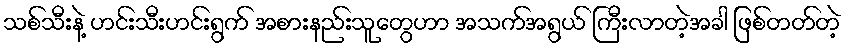
သစ်သီးနဲ့ ဟင်းသီးဟင်းရွက် အစားနည်းသူတွေဟာ အသက်အရွယ် ကြီးလာတဲ့အခါ ဖြစ်တတ်တဲ့